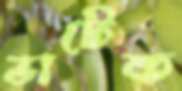
ভাটেক